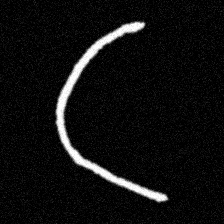
Pyu character \u2014 Myanmar letter: ဋ (romanized: tta)